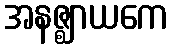
အနဇ္ဈာယကေ